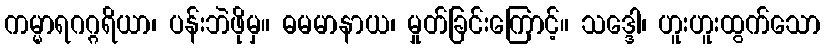
ကမ္မာရဂဂ္ဂရိယာ၊ ပန်းဘဲဖိုမှ။ ဓမမာနာယ၊ မှုတ်ခြင်းကြောင့်။ သဒ္ဒေါ၊ ဟူးဟူးထွက်သော